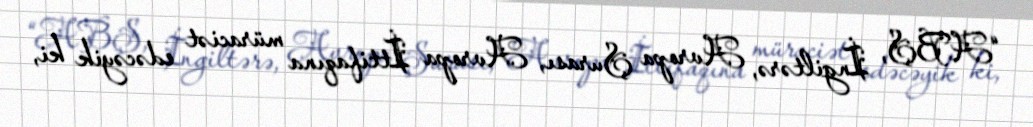
“ABŞ, İngiltərə, Avropa Şurası, Avropa İttifaqına müraciət edəcəyik ki,